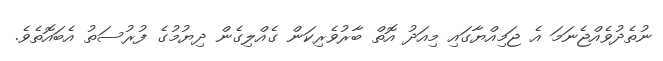
ނުތެދުވެއްޖެނަމަ އެ ޖަމިއްޔާގައި މިއަދު އޮތް ބާރުވެރިކަން ގެއްލިގެން ދިޔުމުގެ ފުރުސަތު އެބައޮތެވެ.